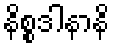
နိစ္စဒါနာနိ